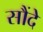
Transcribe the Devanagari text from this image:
सौंदे